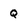
Character: Q